Trukikaitis_Postimees, lk 28
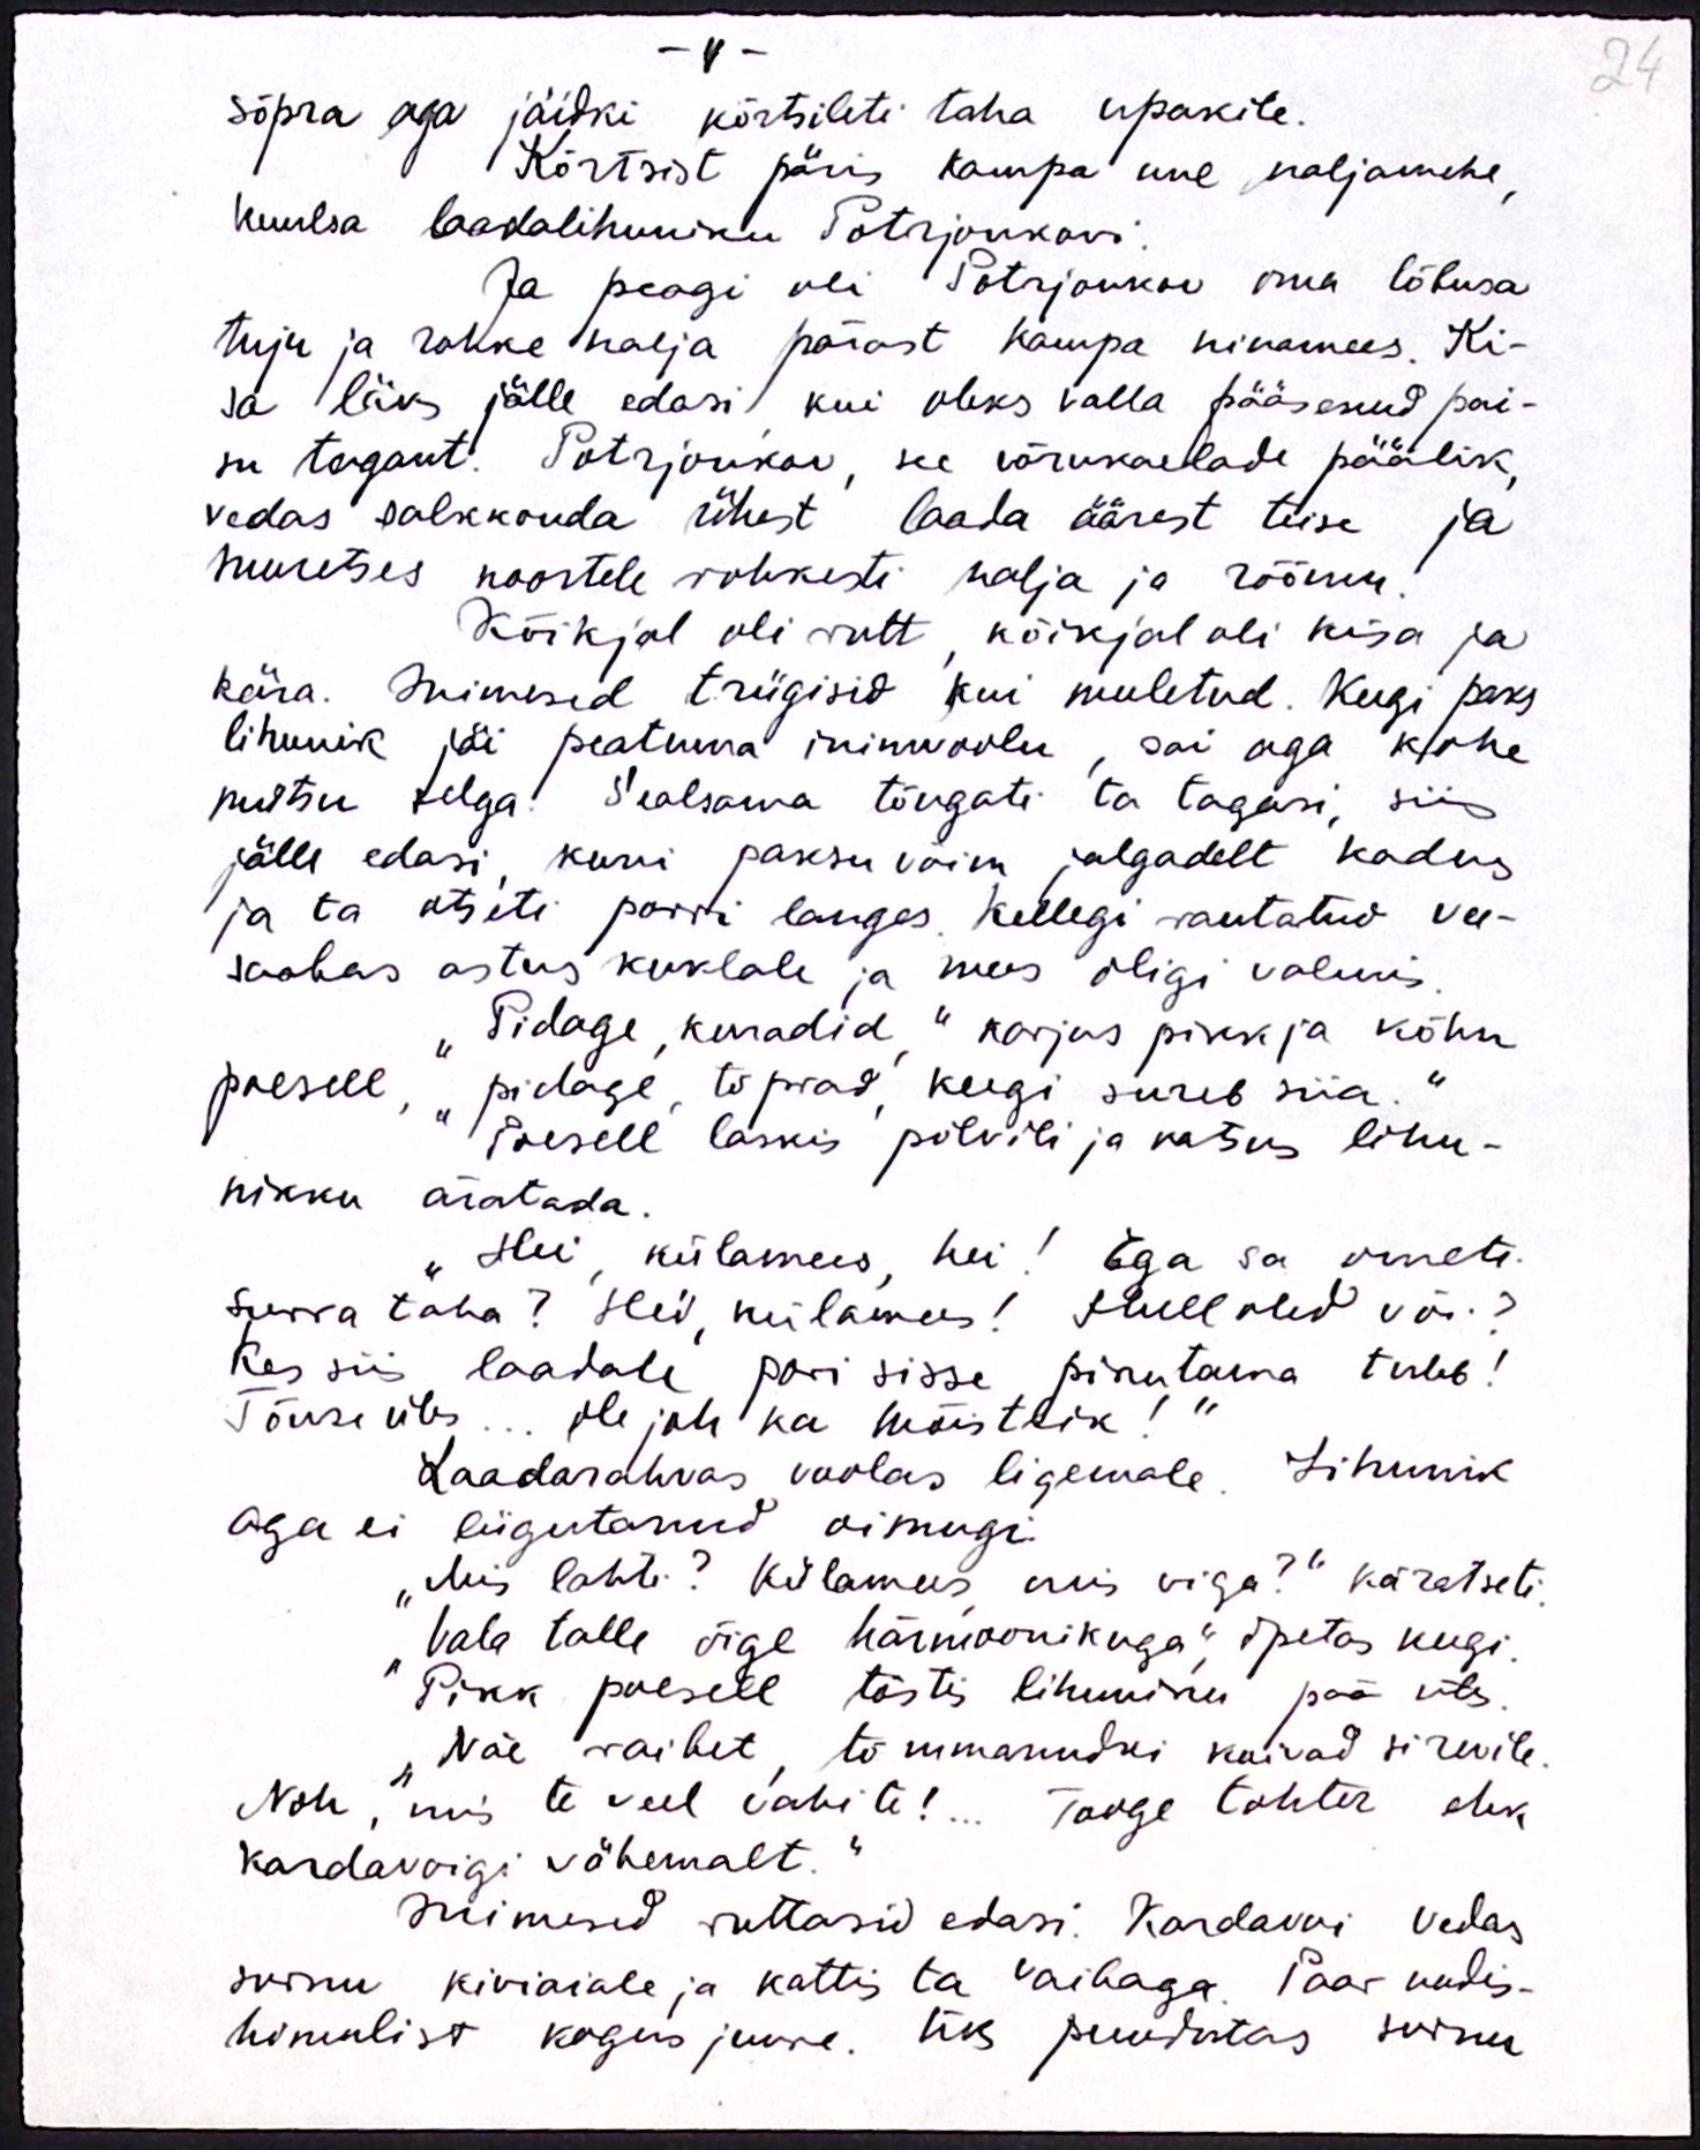
- 4 -
24
sõpra aga jäidki kõrtsileti taha upakile.
Kõrtsist päris kampa uue naljamehe,
kuulsa laadalihuniku Potrjonkovi.
Ja peagi oli Potrjonkov oma lõbusa
tuju ja rohke nalja pärast kampa ninamees. Ki-
sa läks jälle edasi kui oleks valla pääsenud pai-
su tagant. Potrjonkov, see võrukaelade päälik,
vedas salkkonda ühest laada äärest teise ja
muretses noortele rohkesti nalja ja rõõmu
Kõikjal oli rutt, kõikjal oli kisa ja
kära. Inimesid trügisid kui meeletud. Keegi paks
lihunik jäi peatuma inimvoolu sai aga kohe
mütsu selga. Sealsama tõugati ta tagasi, siis
jälle edasi kuni paksu võim jalgadelt kadus
ja ta otseti porri langes. Kellegi rautatud vee-
saabas astus kuklale ja mees oligi valmis.
"Pidage, kuradid "karjus pikk ja kõhn
poesell, "pidage, tõprad, keegi sureb siia."
Poesell laskis põlvili ja katsus lihu-
nikku äratada.
"Hei, külamees, hei! Ega sa ometi
surra taha? Hei, külamees! Hull oled või?
Kes siis laadale pori sisse pikutama tuleb!
Tõuse üles... ole jah ka mõistlik
Laadarahvas voolas ligemale. Lihunik
aga ei liigutanud oimugi.
"Mis lahti? Külamees mis viga?" käratseti.
"Vala talle õige härmoonikuga" õpetas keegi.
Pikk poesell tõstis lihuniku pää üles
"Näe raibet, tõmmanudki koivad sirevile.
Noh, mis te veel vahite!... tooge tohter ehk
kardavoigi vähemalt.“
Inimesed ruttasid edasi. Kardavoi vedas
surnu kiviaiale ja kattis ta vaibaga. Paar uudis-
himulist kogus juure. Üks puudutas surnu